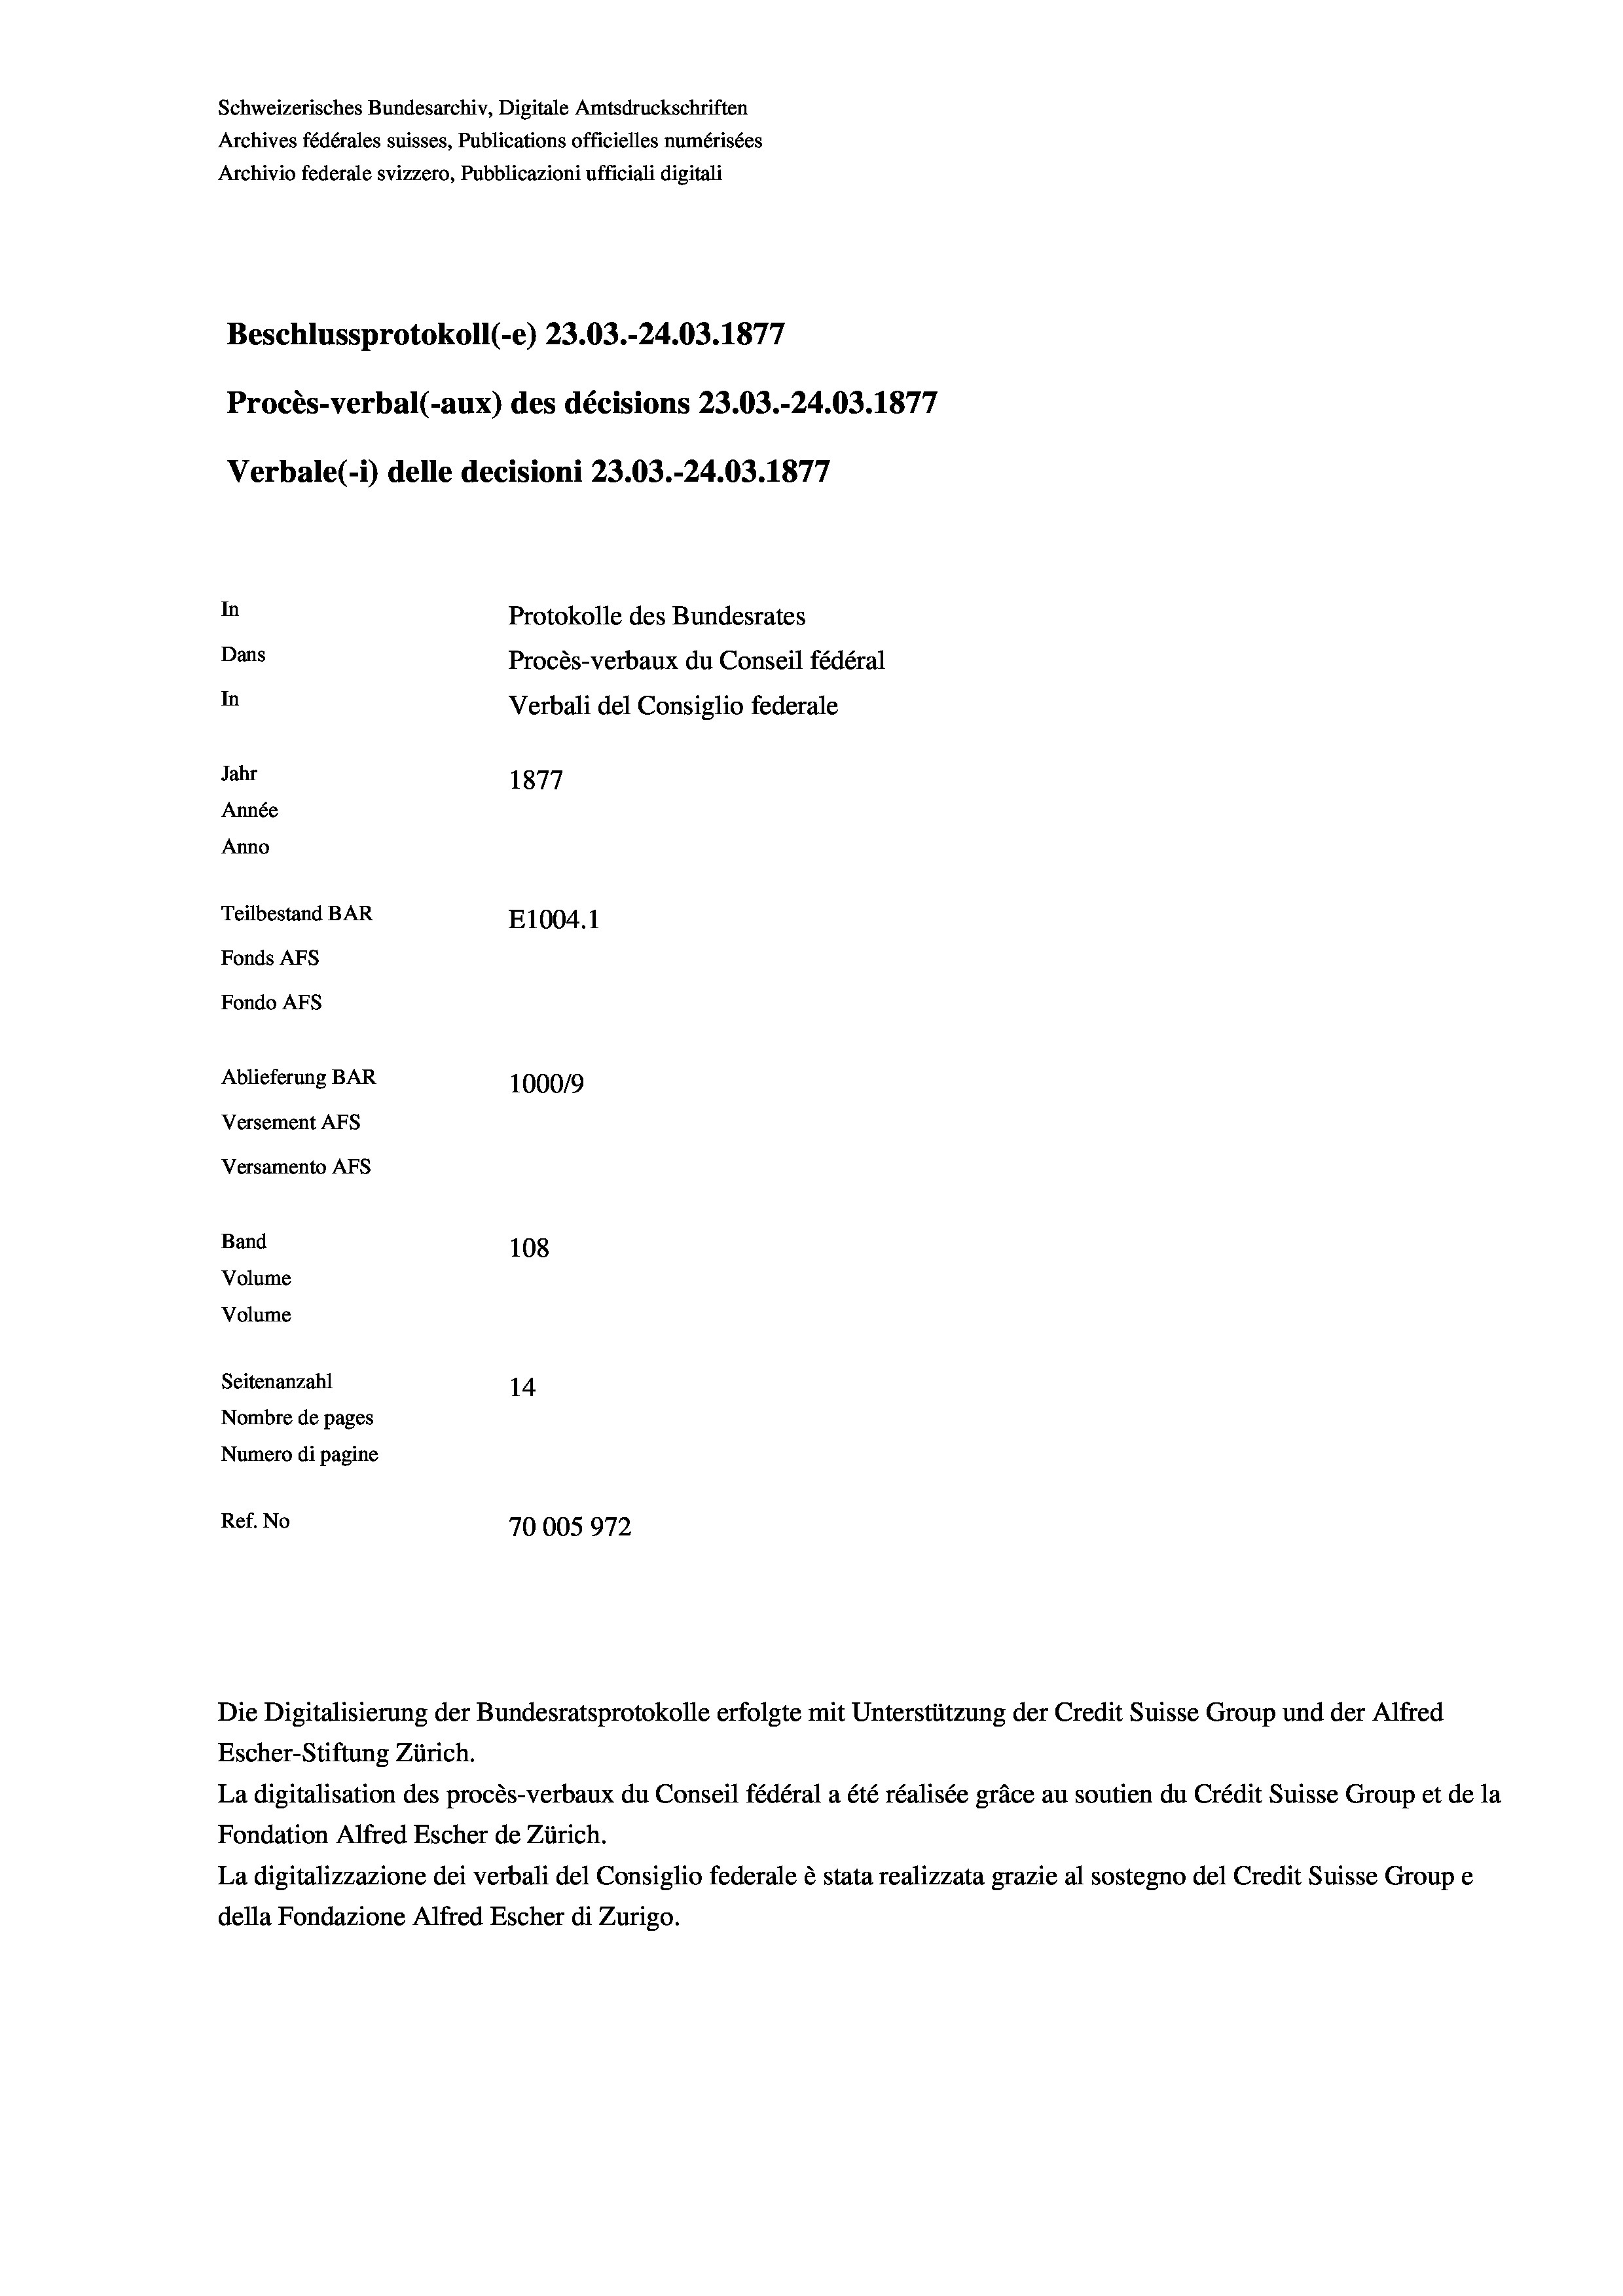
Schweizerisches Bundesarchiv, Digitale Amtsdruckschriften
Archives fédérales suisses, Publications officielles numérisées
Archivio federale svizzero, Pubblicazioni ufficiali digitali
Beschlussprotokoll (-e) 23.03.-24.03. 1877
Procès-verbal (-aux) des décisions 23.03.-24.03. 1877
Verbale (- 1) delle decisioni 23.03.-24.03. 1877
In
Protokolle des Bundesrates
Dans
Procès-verbaux du Conseil fédéral
In
Verbali del Consiglio federale
Jahr
1877
Année
Anno
Teilbestand BAR
E1004.1
Fonds AFs
Fondo AFs
Ablieferung BAR
100019
Versement AFs
Versamento Afs
Band
108
Volume
Volume
Seitenanzahl
14

Nombre de pages
Numero di pagine
Ref. No
70005972

Escher-Stiftung Zürich.
La digitalisation des procès-verbaux du Conseil fédéral a été réalisée gräce au soutien du Crédit Suisse Group et de la
Fondation Alfred Escher de Zürich.
La digitalizzazione dei verbali del Consiglio federale è stata realizzata grazie al sostegno del Credit Suisse Groupe
della Fondazione Alfred Escher di Zurigo.

Die Digitalisierung der Bundesratsprotokolle erfolgte mit Unterstützung der Credit Suisse Group und der Alfred